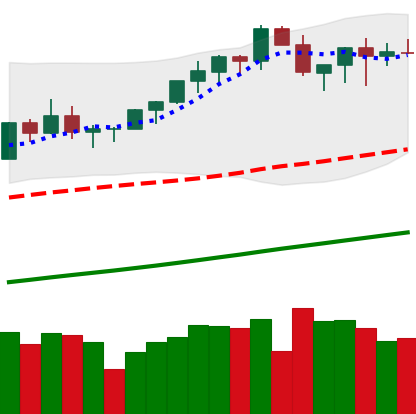
Ticker: BTC-USD
Chart end date: 2021-03-20
Forward return: -11.334%
Label: down_7plus